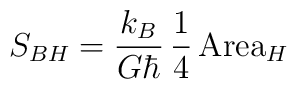
S_{BH} = \frac{k_B}{G \hbar} \, \frac{1}{4} \, \mbox{Area}_H